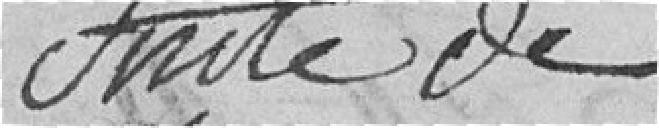
Suite de